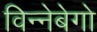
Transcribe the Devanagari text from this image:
विन्नेबेगो